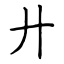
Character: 廾